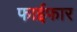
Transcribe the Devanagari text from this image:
फाईफार